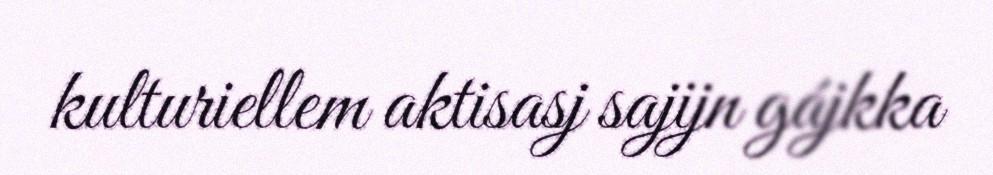
kulturiellem aktisasj sajijn gájkka